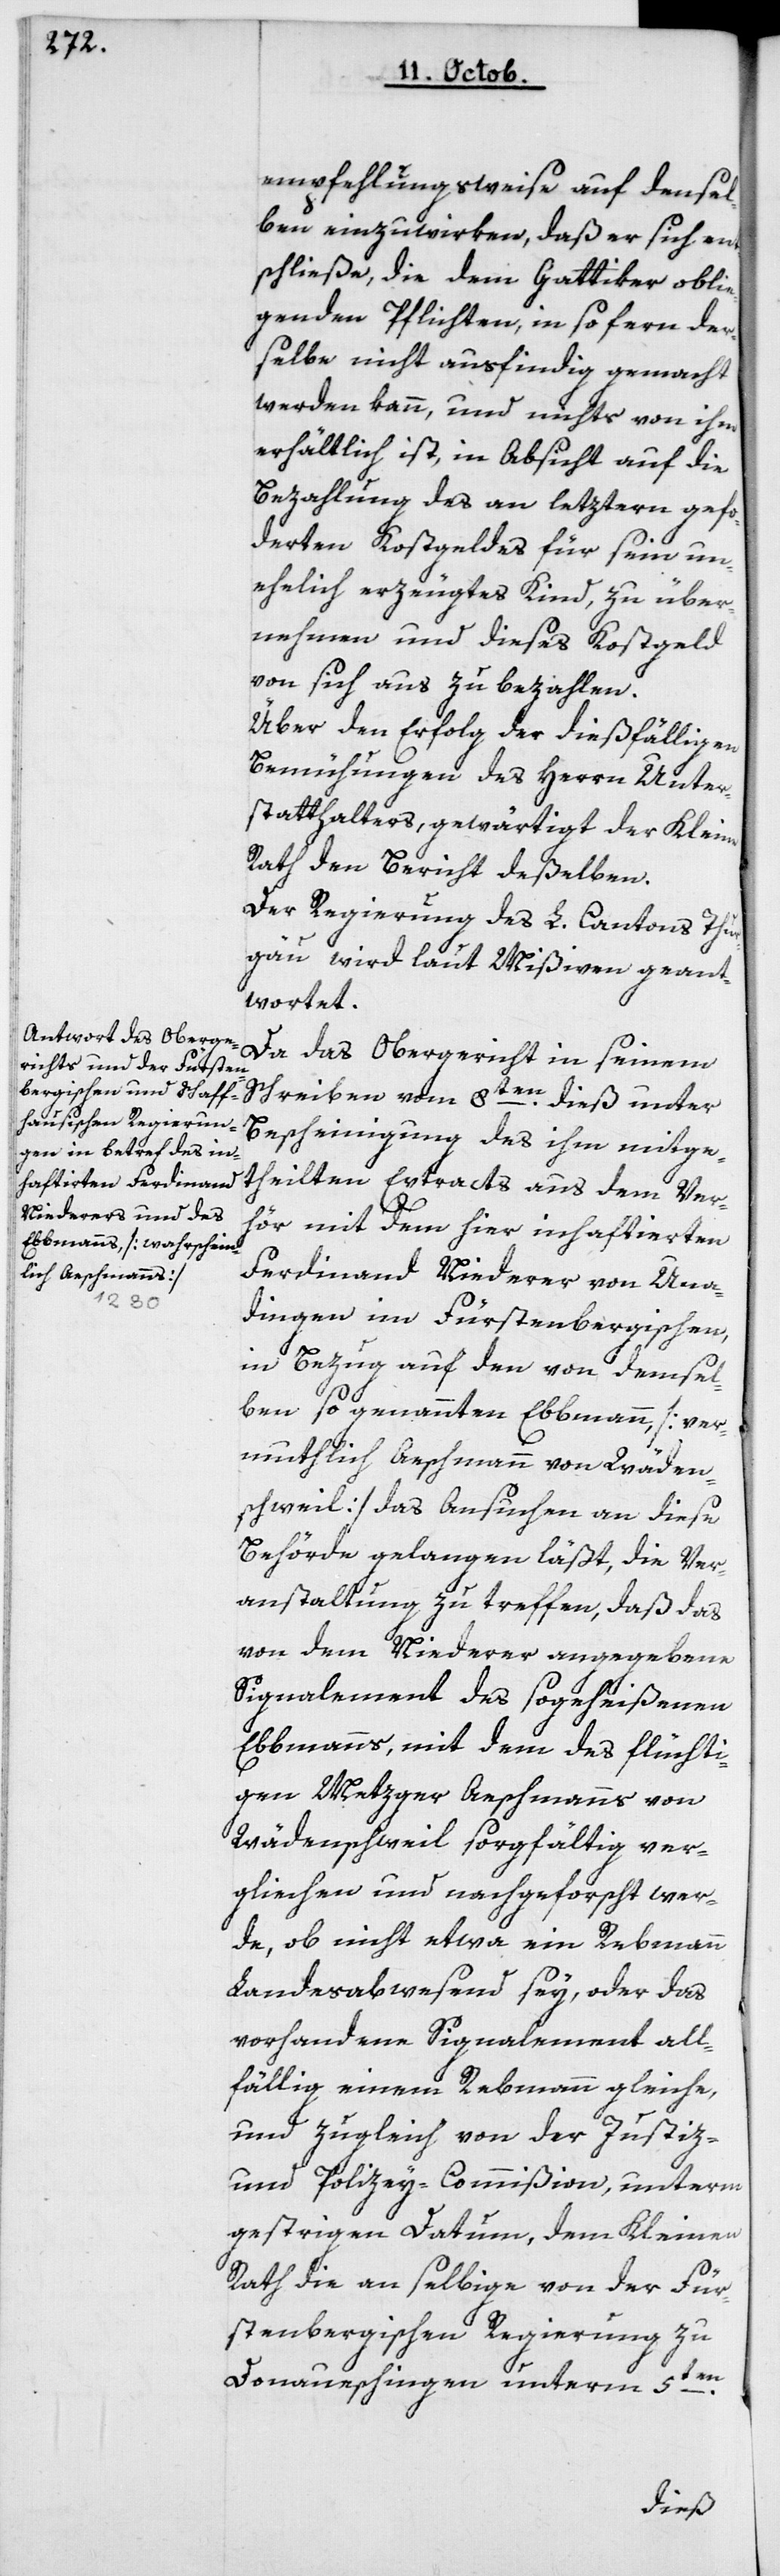
empfehlungsweise auf densel¬
ben einzuwirken, daß er sich ent¬
schließe, die dem Gattiker oblie¬
genden Pflichten, insofern der¬
selbe nicht ausfindig gemacht
werden kann, und nichts von ihm
erhältlich ist, in Absicht auf die
Bezahlung des an letztern gefor¬
derten Kostgeldes für sein un¬
ehelich erzeugtes Kind, zu über¬
nehmen und dieses Kostgeld
von sich aus zu bezahlen.
Über den Erfolg der dießfälligen
Bemühungen des Herrn Unter¬
statthalters, gewärtigt der Kleine
Rath den Bericht deßelben.
Der Regierung des L. Cantons Thur¬
gau wird laut Mißiven geant¬
wortet.
Da das Obergericht in seinem
Schreiben vom 8ten dieß unter
Bescheinigung des ihm mitge¬
theilten Extracts aus dem Ver¬
hör mit dem hier inhaftierten
Ferdinand Niederer von Una¬
dingen im Fürstenbergischen,
in Bezug auf den von demsel¬
ben so genannten Ebbmann [ver¬
mutlich Aeschmann von Wäden¬
schweil] das Ansuchen an diese
Behörde gelangen läßt, die Ver¬
anstaltung zu treffen, daß das
von dem Niederer angegebene
Signalement des so geheißenen
Ebbmanns, mit dem des flüchti¬
gen Metzger Aeschmanns von
Wädenschweil sorgfältig ver¬
glichen und nachgeforscht wer¬
de, ob nicht etwa ein Rebmann
Landesabwesend sey, oder das
vorhandene Signalement all¬
fällig einem Rebmann gleiche,
und zugleich von der Justiz-
und Policey-Commißion, unterm
gestrigen Datum, dem Kleinen
Rath die an selbige von der Für¬
stenbergischen Regierung zu
Donaueschingen unterm 5ten